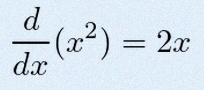
\frac{d}{dx}(x^2)=2x